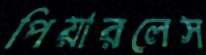
পিয়ারলেস